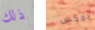
ذلك دوكس